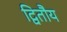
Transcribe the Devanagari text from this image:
द्वितौय